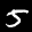
Label: 5